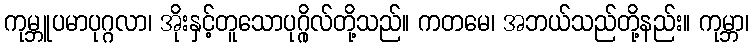
ကုမ္ဘူပမာပုဂ္ဂလာ၊ အိုးနှင့်တူသောပုဂ္ဂိုလ်တို့သည်။ ကတမေ၊ အဘယ်သည်တို့နည်း။ ကုမ္ဘာ၊